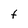
Character: t